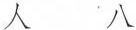
人 八